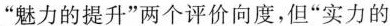
“魅力的提升”两个评价向度，但“实力的